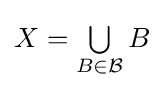
X={\textstyle \bigcup \limits _{B\in {\mathcal {B}}}B}